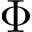
\Phi